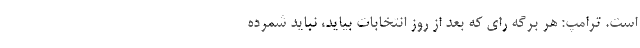
است. ترامپ: هر برگه رای که بعد از روز انتخابات بیاید، نباید شمرده